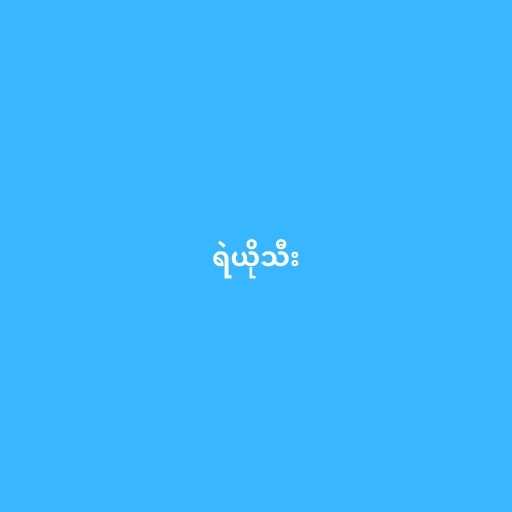
ရဲယိုသီး